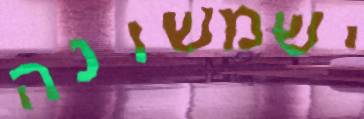
ישמשונה